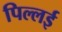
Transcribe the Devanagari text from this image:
पिल्‍लई